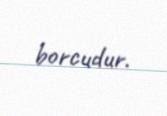
borcudur.